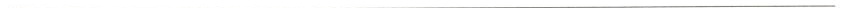
___